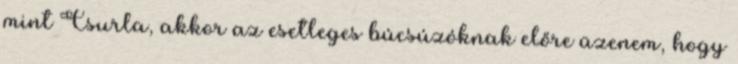
mint Csurla, akkor az esetleges búcsúzóknak előre üzenem, hogy